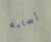
أصابه